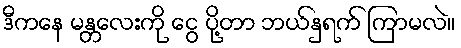
ဒီကနေ မန္တလေးကို ငွေ ပို့တာ ဘယ်နှရက် ကြာမလဲ။